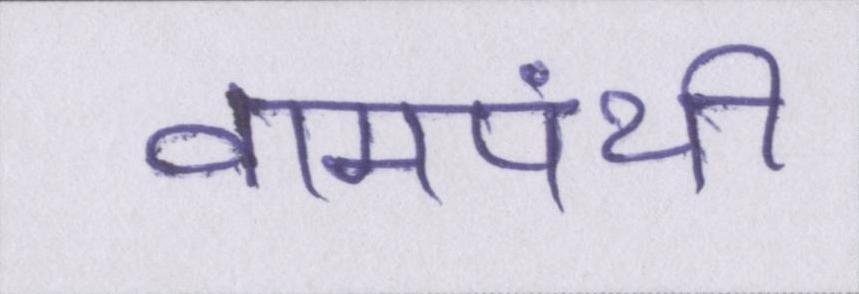
वामपंथी